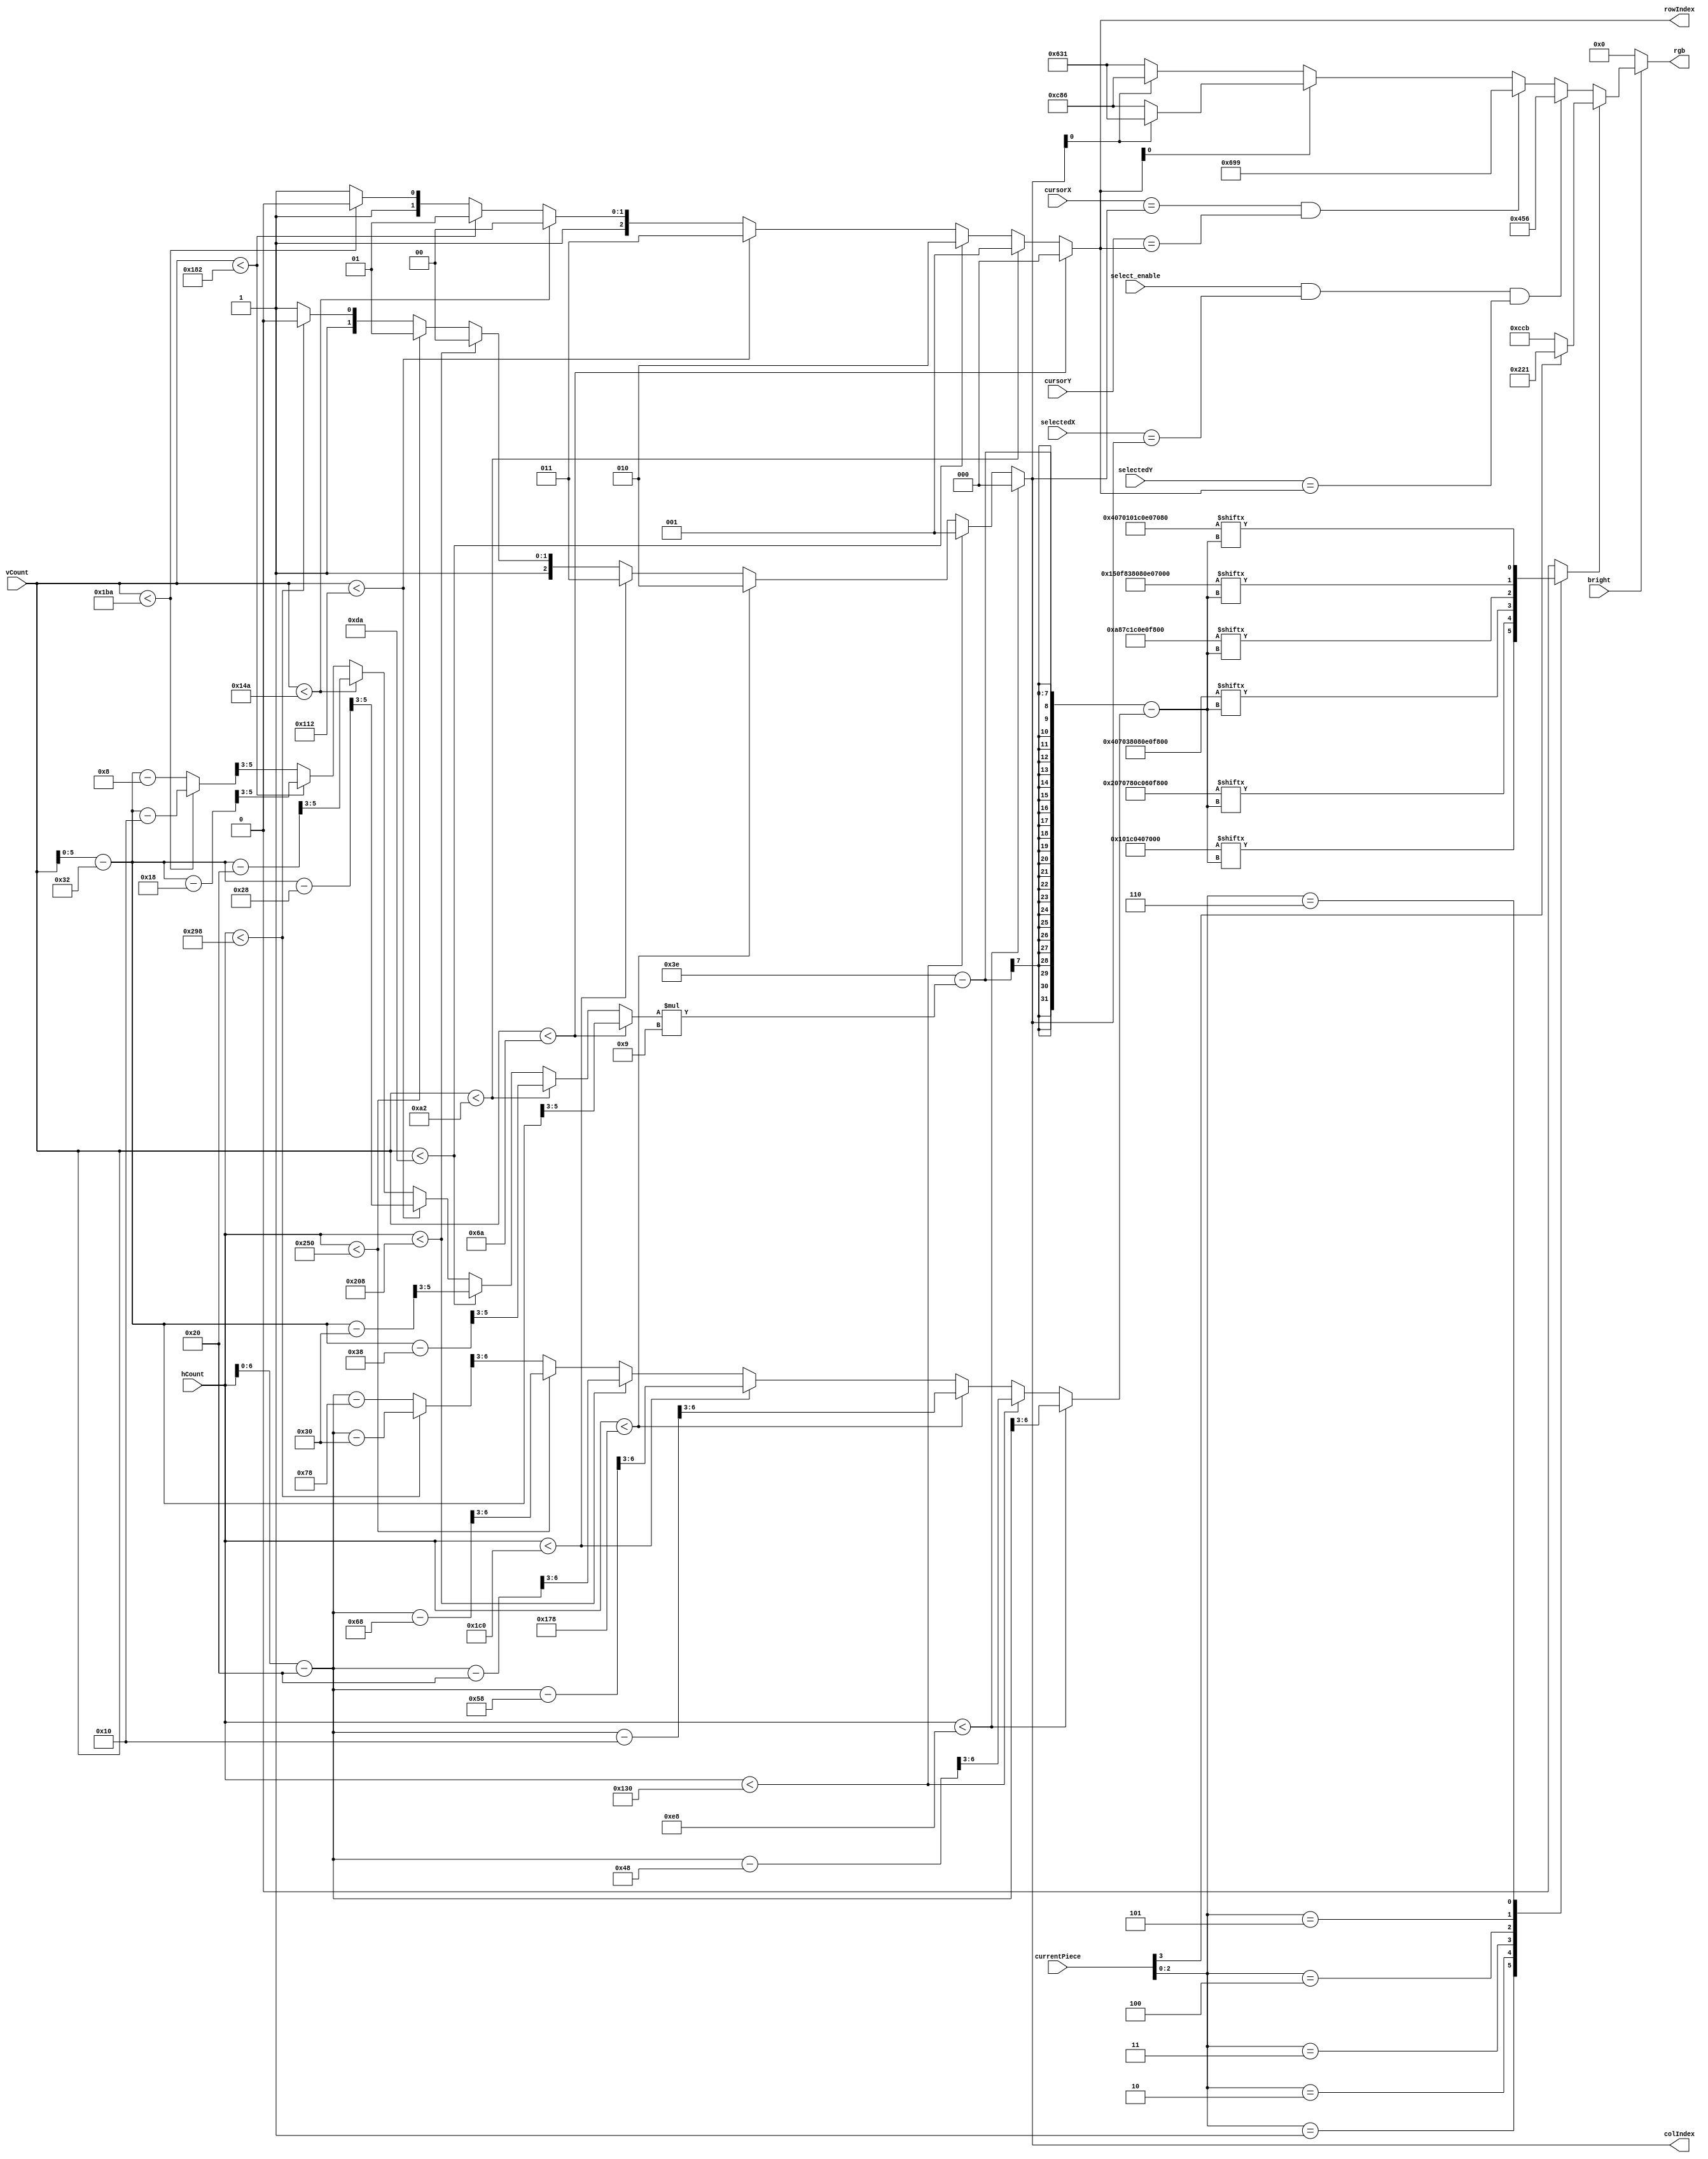
`timescale 1ns / 1ps

module draw(
	input bright,
	input wire [9:0] hCount, vCount,
	output reg [11:0] rgb,
	output reg [2:0] rowIndex, colIndex,
	input wire [3:0] currentPiece,
	
	input wire [2:0] cursorX, cursorY,
	input wire [2:0] selectedX, selectedY,
	input wire select_enable
    );
    
    
    //Define colors used for drawing the board
    localparam BLACK_TILE  = 12'b0110_0011_0001;
    localparam WHITE_TILE  = 12'b1100_1000_0110;
    localparam BLACK_PIECE = 12'b0010_0010_0001;
    localparam WHITE_PIECE = 12'b1100_1100_1011;
    localparam BLACK       = 12'b0000_0000_0000;
    localparam CURSOR      = 12'b0110_1001_1001;
    localparam SELECTED    = 12'b0100_0101_0110;
    
    //Define constants for drawing the chess board background
    localparam row_width = 7'd56;
    localparam col_width = 7'd72;
    localparam h_offset = 10'd160;
    localparam v_offset = 10'd50;
    
    //Pixel art for each piece type
    localparam [62:0] PAWN_PIECE  = { 
        {9'b000000000},
        {9'b000000000},
        {9'b000010000},
        {9'b000111000},
        {9'b000010000},
        {9'b000111000},
        {9'b000000000}
    };
    localparam [62:0] KNIGHT_PIECE  = { 
        {9'b000001000},
        {9'b000111000},
        {9'b001111000},
        {9'b000011000},
        {9'b000011000},
        {9'b001111100},
        {9'b000000000}
    };
    localparam [62:0] BISHOP_PIECE  = { 
        {9'b000010000},
        {9'b000111000},
        {9'b000111000},
        {9'b000010000},
        {9'b000111000},
        {9'b001111100},
        {9'b000000000}
    };
    localparam [62:0] ROOK_PIECE  = { 
        {9'b000000000},
        {9'b001010100},
        {9'b001111100},
        {9'b000111000},
        {9'b000111000},
        {9'b001111100},
        {9'b000000000}
    };
    localparam [62:0] QUEEN_PIECE  = { 
        {9'b001010100},
        {9'b001111100},
        {9'b000111000},
        {9'b000010000},
        {9'b000111000},
        {9'b000111000},
        {9'b001111100}
    };
    localparam [62:0] KING_PIECE  = { 
        {9'b000010000},
        {9'b000111000},
        {9'b000010000},
        {9'b000111000},
        {9'b000111000},
        {9'b000111000},
        {9'b001111100}
    };
    
    //Positions the top left corner to fit the screen
    reg [3:0] xPixel;
    reg [2:0] yPixel;
    reg isPixel;
    reg [2:0] lsb; //used to remove lower 3 bits from pixel index
    
    //Counter for column index
    //Calculates the xPixel index for the square we are currently in
    //Since the pixels used to draw the pieces are an 8x8 square of VGA pixels,
    //we remove the lower 3 bits of the pixel calculation
    always @(*) begin
        if (hCount < col_width + h_offset) begin
            colIndex = 0; {xPixel, lsb} = hCount - h_offset;
        end 
        else if (hCount < col_width*2 + h_offset) begin
            colIndex = 1; {xPixel, lsb} = hCount - h_offset - col_width;
        end
        else if (hCount < col_width*3 + h_offset)begin
            colIndex = 2; {xPixel, lsb} = hCount - h_offset - 2*col_width;
        end
        else if (hCount < col_width*4 + h_offset) begin
            colIndex = 3; {xPixel, lsb} = hCount - h_offset - 3*col_width;
        end
        else if (hCount < col_width*5 + h_offset) begin
            colIndex = 4; {xPixel, lsb} = hCount - h_offset - 4*col_width;
        end
        else if (hCount < col_width*6 + h_offset) begin
            colIndex = 5; {xPixel, lsb} = hCount - h_offset - 5*col_width;
        end
        else if (hCount < col_width*7 + h_offset) begin
            colIndex = 6; {xPixel, lsb} = hCount - h_offset - 6*col_width;
        end
        else begin 
            colIndex = 7; {xPixel, lsb} = hCount - h_offset - 7*col_width;
        end
        
    end
    
    //Counter for row index
    //Calculates the yPixel index for the square we are currently in
    //Since the pixels used to draw the pieces are an 8x8 square of VGA pixels,
    //we remove the lower 3 bits of the pixel calculation
    always @(*) begin
        if (vCount < row_width + v_offset) begin
            rowIndex = 0; {yPixel, lsb} = vCount - v_offset;
        end
        else if (vCount < row_width*2 + v_offset) begin
            rowIndex = 1; {yPixel, lsb} = vCount - v_offset - row_width;
        end
        else if (vCount < row_width*3 + v_offset) begin
            rowIndex = 2; {yPixel, lsb} = vCount - v_offset - 2*row_width;
        end
        else if (vCount < row_width*4 + v_offset) begin
            rowIndex = 3; {yPixel, lsb} = vCount - v_offset - 3*row_width;
        end
        else if (vCount < row_width*5 + v_offset) begin
            rowIndex = 4; {yPixel, lsb} = vCount - v_offset - 4*row_width;
        end
        else if (vCount < row_width*6 + v_offset) begin
            rowIndex = 5; {yPixel, lsb} = vCount - v_offset - 5*row_width;
        end
        else if (vCount < row_width*7 + v_offset) begin
            rowIndex = 6; {yPixel, lsb} = vCount - v_offset - 6*row_width;
        end
        else begin
            rowIndex = 7; {yPixel, lsb} = vCount - v_offset - 7*row_width;
        end
    end
    
    //Determines if a pixel is part of the piece that needs to be drawn
    always@(*) begin
         case(currentPiece [2:0])
            3'd1: isPixel = PAWN_PIECE[62-yPixel*9 - xPixel];
            3'd2: isPixel = KNIGHT_PIECE[62-yPixel*9 - xPixel];
            3'd3: isPixel = BISHOP_PIECE[62-yPixel*9 - xPixel];
            3'd4: isPixel = ROOK_PIECE[62-yPixel*9 - xPixel];
            3'd5: isPixel = QUEEN_PIECE[62-yPixel*9 - xPixel];
            3'd6: isPixel = KING_PIECE[62-yPixel*9 - xPixel];
            default: isPixel = 0;
         endcase
    end
    
    //Determines the color to be drawn
    always @(*) begin
    
        if(~bright ) begin	//force black if not inside the display area
                rgb = BLACK;
        end
        else begin
            if (isPixel) begin //&& rowIndex == 0 && colIndex == 0
                //If piece is black or white
                //if (selectedPiece[3]) begin was if(1)
                if (currentPiece[3]) begin
                    rgb = BLACK_PIECE;
                end else begin
                    rgb = WHITE_PIECE;
                end
            end else begin
                if (select_enable && selectedX == colIndex && selectedY == rowIndex) begin
                    rgb = SELECTED;
                end else if (cursorX == colIndex && cursorY == rowIndex) begin
                    rgb = CURSOR;
                end else if (rowIndex[0]) begin
                    if (colIndex[0]) begin
                        rgb = BLACK_TILE;
                    end else begin
                        rgb = WHITE_TILE;
                    end
                end else begin
                    if (colIndex[0]) begin
                        rgb = WHITE_TILE;
                    end else begin
                        rgb = BLACK_TILE;
                    end
                end
            
            end
            
        end

   end

endmodule